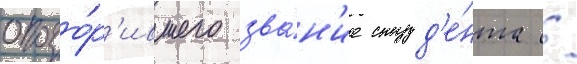
опозо́р'ившего зва́н'ие студ'е́нта /